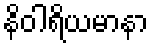
နိဝါရိယမာနာ